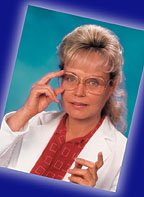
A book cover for Diseases Don't Just Happen VHS Cassette Video Tape (no book); M.D. Dr. Lorraine Day; Health, Fitness & Dieting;